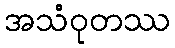
အသံဝုတဿ